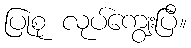
ပြုစု လုပ်ကျွေးပြီ။